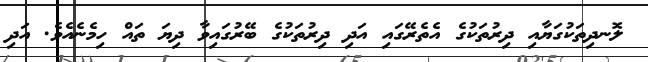
ލޮނދިތަކުގަޔާއި ދިރުތަކުގެ އެތެރޭގައި އަދި ދިރުތަކުގެ ބޭރުގައިވާ ދިޔަ ތައް ހިމެނެއެވެ. އަދި